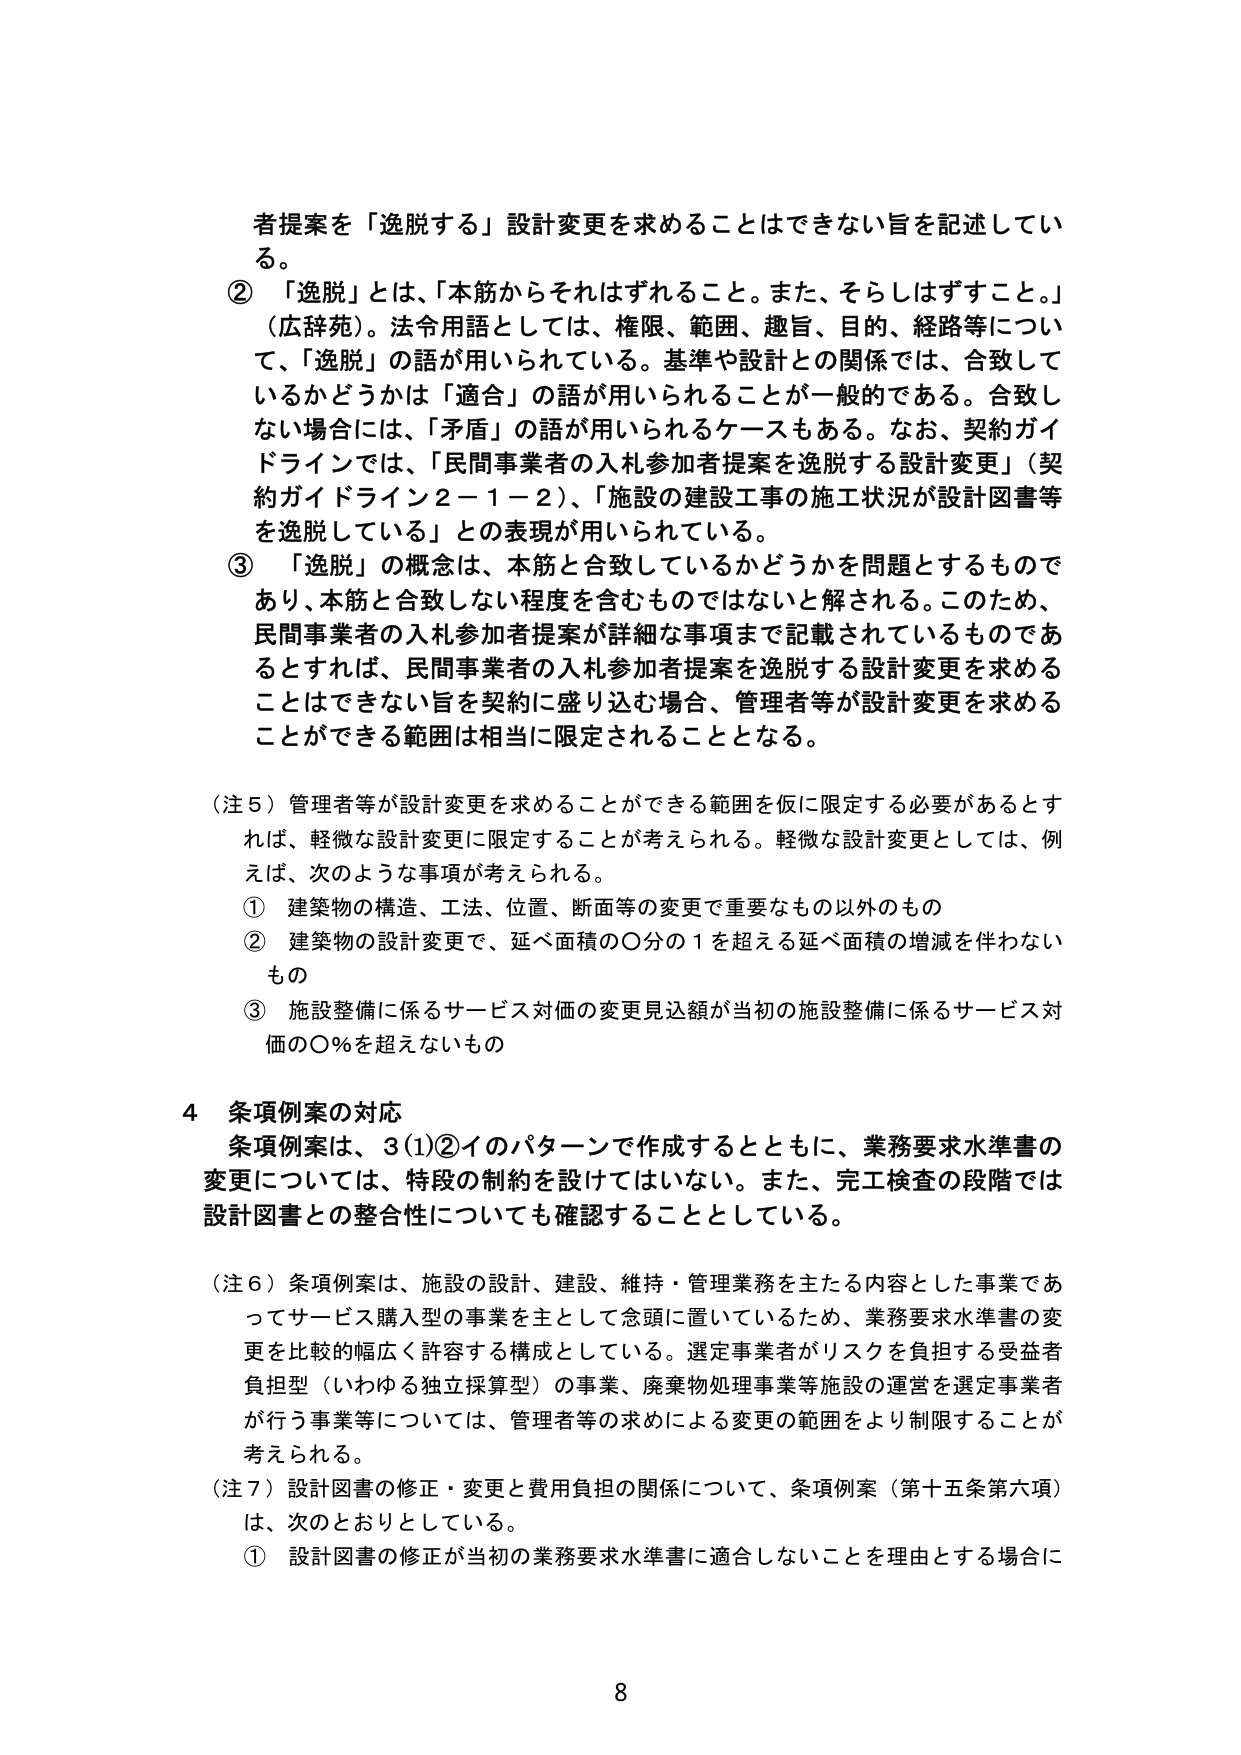
者提案を「逸脱する」設計変更を求めることはできない旨を記述してい
る。
② 「逸脱」とは、「本筋からそれはずれること。また、そらしはずすこと。」
（広辞苑）。法令用語としては、権限、範囲、趣旨、目的、経路等につい
て、「逸脱」の語が用いられている。基準や設計との関係では、合致して
いるかどうかは「適合」の語が用いられることが一般的である。合致し
ない場合には、「矛盾」の語が用いられるケースもある。なお、契約ガイ
ドラインでは、「民間事業者の入札参加者提案を逸脱する設計変更」（契
約ガイドライン２－１－２）、「施設の建設工事の施工状況が設計図書等
を逸脱している」との表現が用いられている。
③ 「逸脱」の概念は、本筋と合致しているかどうかを問題とするもので
あり、本筋と合致しない程度を含むものではないと解される。このため、
民間事業者の入札参加者提案が詳細な事項まで記載されているものであ
るとすれば、民間事業者の入札参加者提案を逸脱する設計変更を求める
ことはできない旨を契約に盛り込む場合、管理者等が設計変更を求める
ことができる範囲は相当に限定されることとなる。

（注５）管理者等が設計変更を求めることができる範囲を仮に限定する必要があるとす
れば、軽微な設計変更に限定することが考えられる。軽微な設計変更としては、例
えば、次のような事項が考えられる。
① 建築物の構造、工法、位置、断面等の変更で重要なもの以外のもの
② 建築物の設計変更で、延べ面積の〇分の１を超える延べ面積の増減を伴わない
もの
③ 施設整備に係るサービス対価の変更見込額が当初の施設整備に係るサービス対
価の〇％を超えないもの

４ 条項例案の対応
条項例案は、３(1)②イのパターンで作成するとともに、業務要求水準書の
変更については、特段の制約を設けてはいない。また、完工検査の段階では
設計図書との整合性についても確認することとしている。

（注６）条項例案は、施設の設計、建設、維持・管理業務を主たる内容とした事業であ
ってサービス購入型の事業を主として念頭に置いているため、業務要求水準書の変
更を比較的幅広く許容する構成としている。選定事業者がリスクを負担する受益者
負担型（いわゆる独立採算型）の事業、廃棄物処理事業等施設の運営を選定事業者
が行う事業等については、管理者等の求めによる変更の範囲をより制限することが
考えられる。

（注７）設計図書の修正・変更と費用負担の関係について、条項例案（第十五条第六項）
は、次のとおりとしている。
① 設計図書の修正が当初の業務要求水準書に適合しないことを理由とする場合に

8